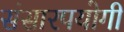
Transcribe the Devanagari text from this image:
संसारपयोगी